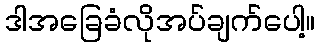
ဒါအခြေခံလိုအပ်ချက်ပေါ့။